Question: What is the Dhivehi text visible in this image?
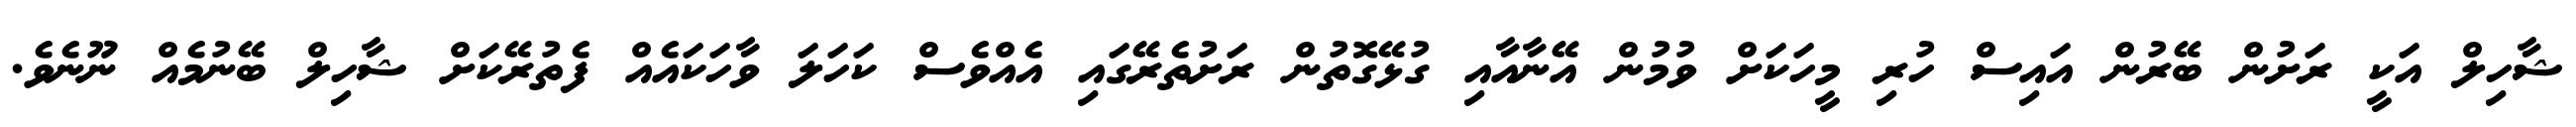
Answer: ޝާހިލް އަކީ ރަށުން ބޭރުން އައިސް ހުރި މީހަކަށް ވުމުން އޭނާއާއި ގުޅޭގޮތުން ރަށުތެރޭގައި އެއްވެސް ކަހަލަ ވާހަކައެއް ފެތުރޭކަށް ޝާހިލް ބޭނުމެއް ނޫނެވެ.